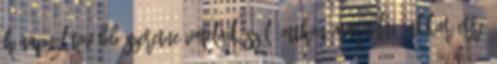
hónapnál tovább szeretne vmelyik szülő otthon maradni, akkor erre